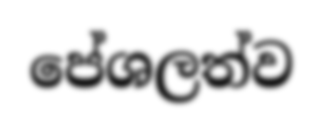
පේශලත්ව